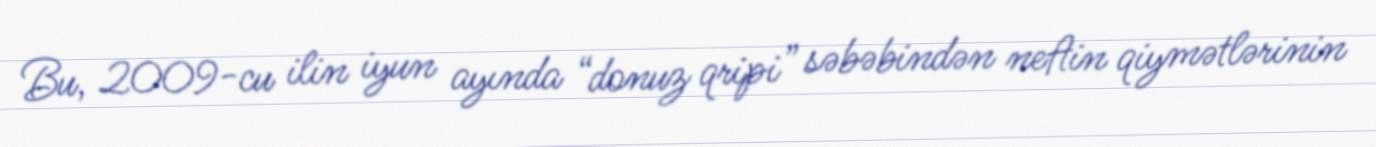
Bu, 2009-cu ilin iyun ayında “donuz qripi” səbəbindən neftin qiymətlərinin